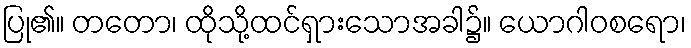
ပြု၏။ တတော၊ ထိုသို့ထင်ရှားသောအခါ၌။ ယောဂါဝစရော၊